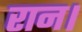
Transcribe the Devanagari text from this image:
रान।